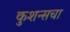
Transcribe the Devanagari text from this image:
कुशन्सचा